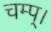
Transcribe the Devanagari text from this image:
चम्प्।